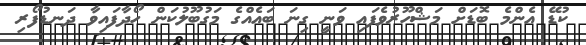
ކުޑޭ އެންމެ ބޮޑަށް މަޝްހޫރުވެފައި ވަނީ ގިނަ ބައެއްގެ މަގުބޫލުކަން ހޯދާފަައިވާ ދަނޑުފޯރި